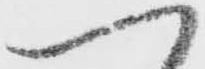
一